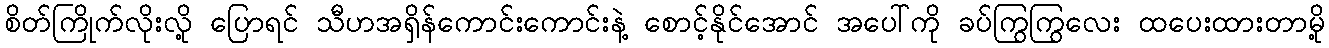
စိတ်ကြိုက်လိုးလို့ ပြောရင် သီဟအရှိန်ကောင်းကောင်းနဲ့ စောင့်နိုင်အောင် အပေါ်ကို ခပ်ကြွကြွလေး ထပေးထားတာမို့